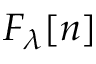
F _ { \lambda } \ensuremath { [ n ] }